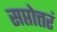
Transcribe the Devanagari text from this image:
सप्तोत्तरं